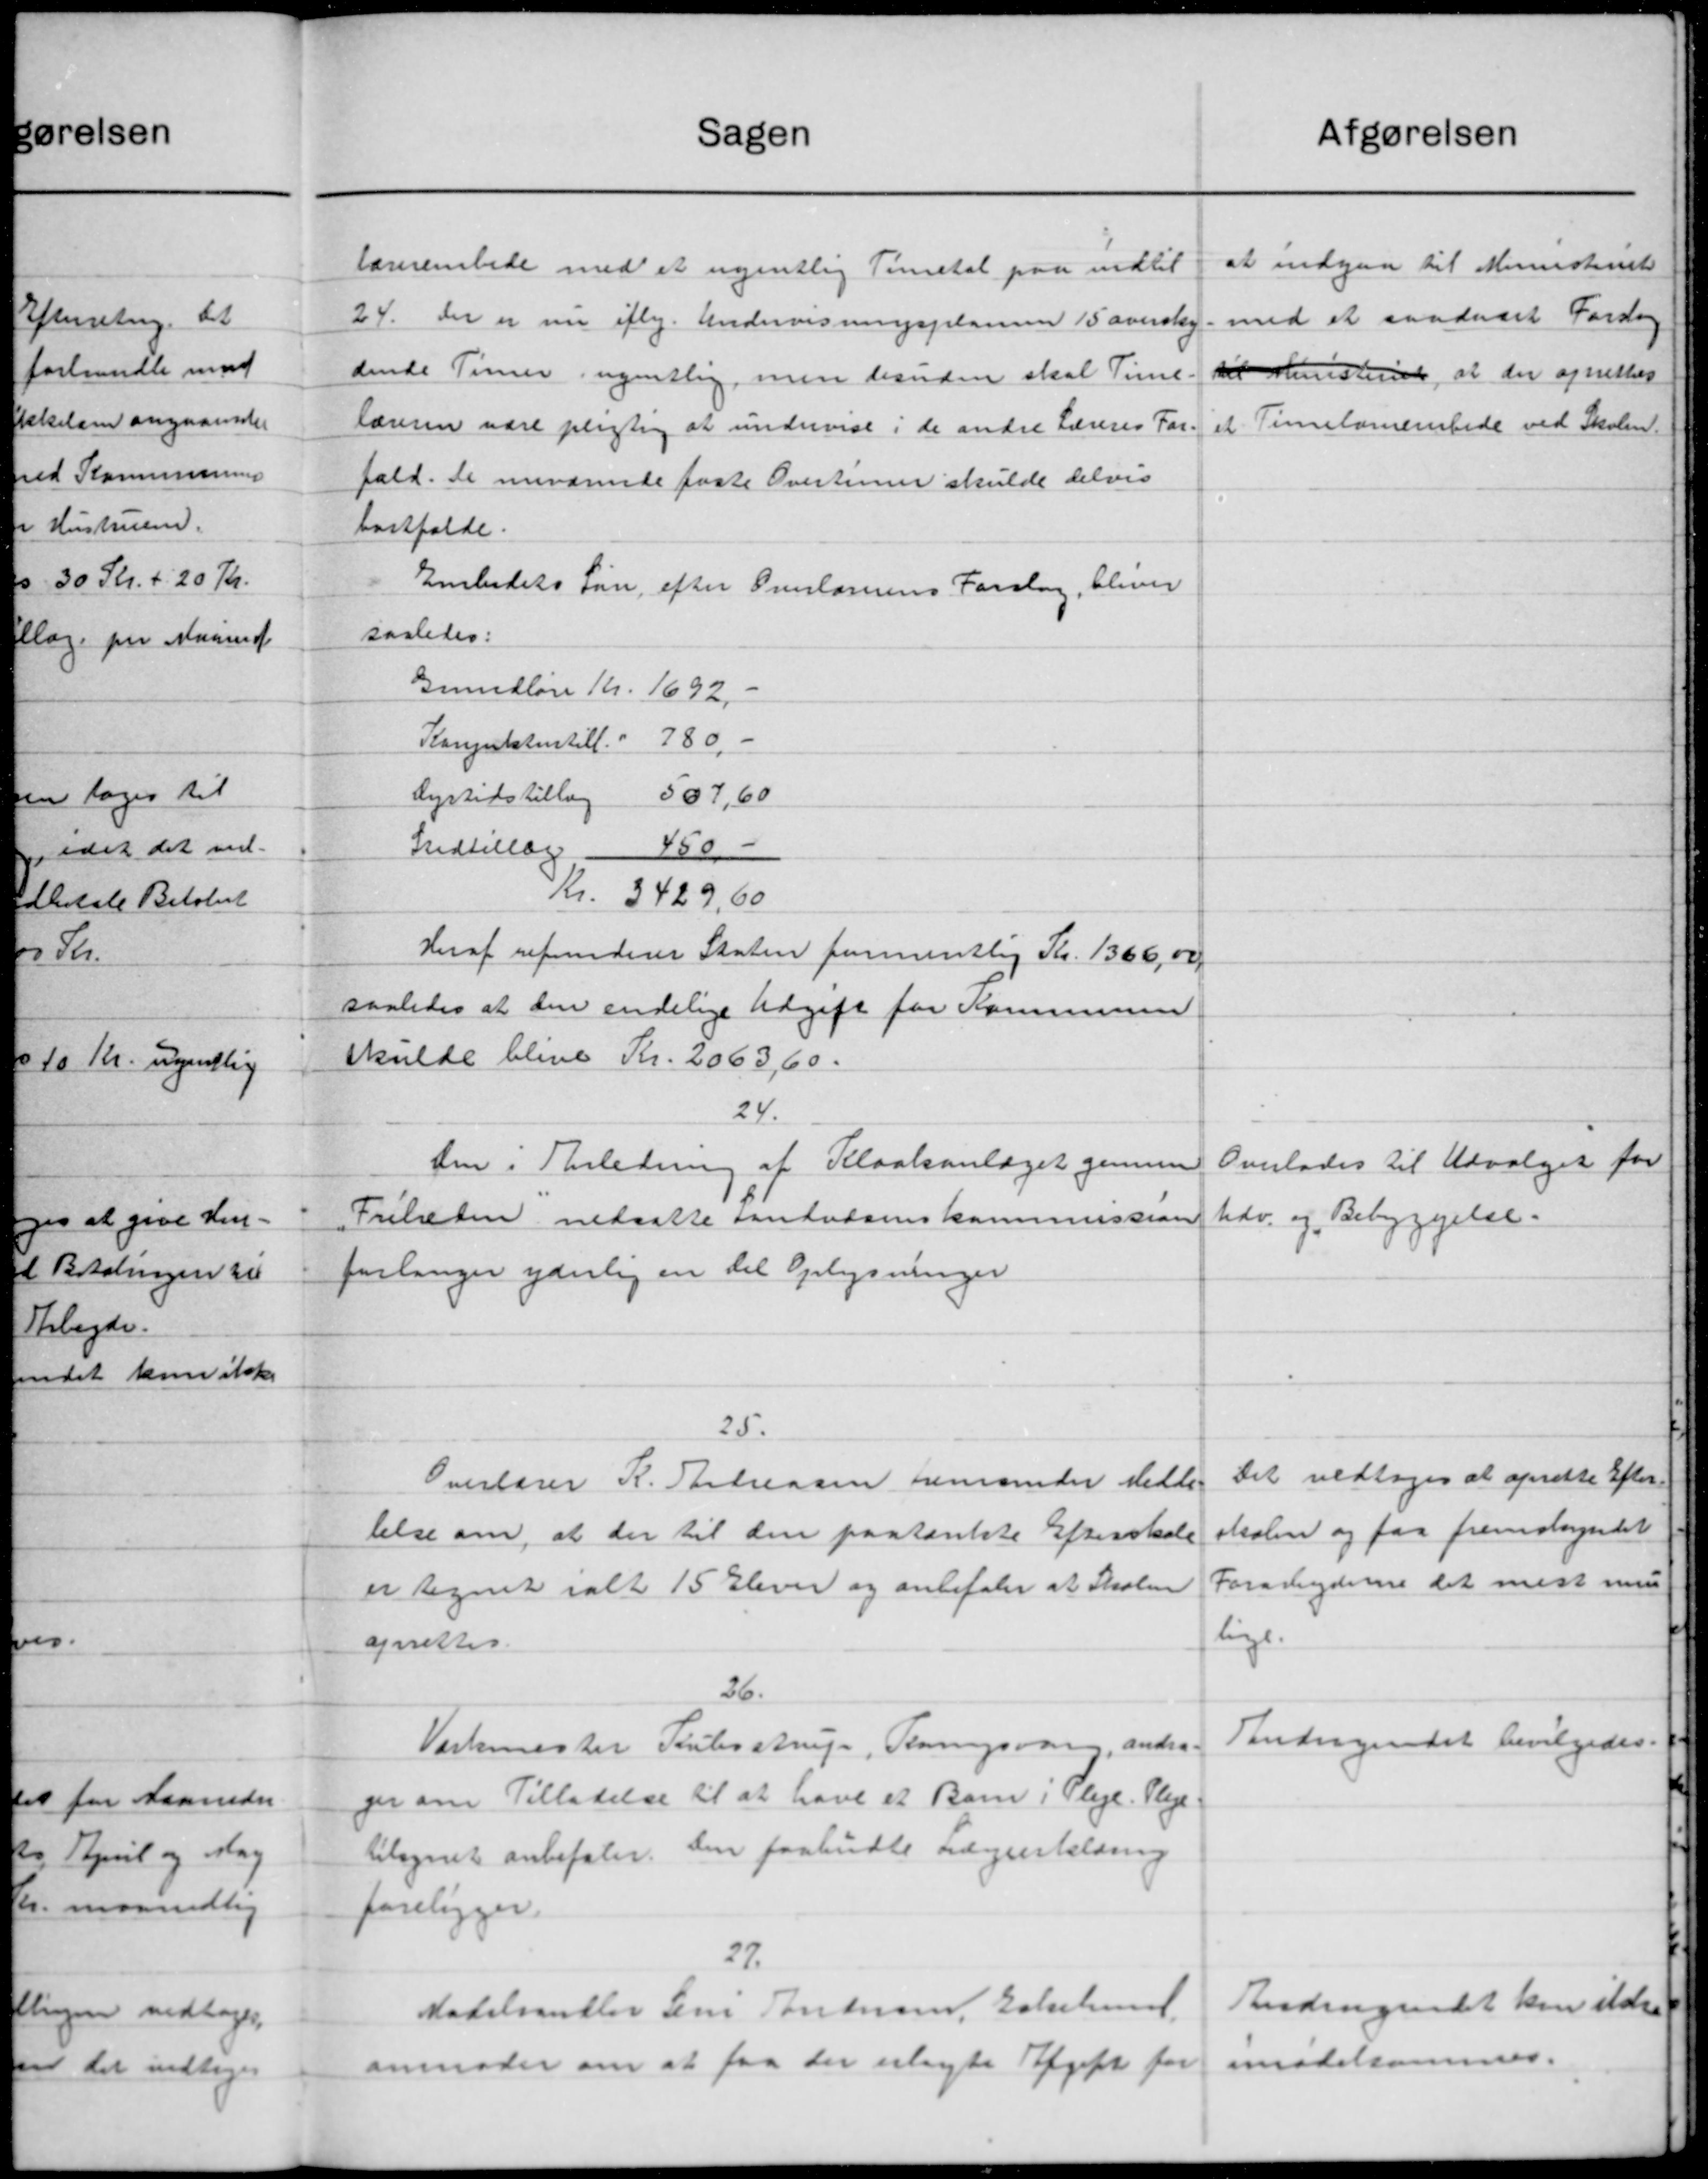
Transskription:
Sagen
lærerembede med et ugentlig Timetal paa indtil
24. Der er nu iflg. Undervisningsplanen 15 overslag
dende Timer ugentlig, men henden skal Time
læreren være pligtig at undervist i de andre Læreres For
fald. De nuværende faste Overtimer skulde delvis
bostfalde.
Embedets Løn, efter Overlærerens Forslag, bliver
saaledes:
Grundløse Kr. 1692,
Konpektenstill - 780.-
Dyrtidstillæg 507,60
450 -
Indtillæg
Kr. 3429,60
Heraf refunderer Staten formentlig Kr. 1366,00
saaledes at den endelige Udgift for Kommunen
skulde blive Kr. 2063,60.
24.
den i Anledning af Kloakanlæget gennem
Fritaten nedsatte Santadsinskommission
forlanger yderlig en det Oplysninger
25.
Overlærer R. Federsen fremsender Medle
lelse om, at der til den paatænkte Efterskole
er tegnet ialt 15 Elever og anbefaler at Skolen
oprettes.
26.
Værkmester Rubenstrup, Bangsvar, andra-
ger om Tilladelse til at have et Barn i Pleje. Pleje.
tilsynet anbefaler den paabudte Lægeerklæring
foreligger
27.
Mødslandler Sine Andersen, Gelehund
anmoder om at faa der erlagte Afgift for